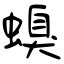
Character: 螑